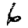
Digit: 6